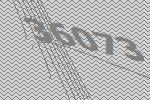
36073